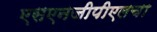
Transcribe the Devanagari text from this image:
एसएनजीपीएलचा